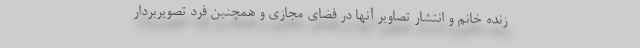
زنده خانم و انتشار تصاویر آنها در فضای مجازی و همچنین فرد تصویربردار